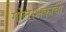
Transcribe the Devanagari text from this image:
गोलरक्षकाची